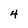
Character: 4